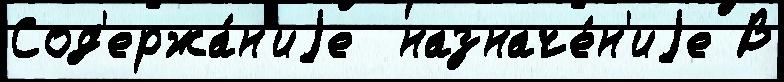
Сод'ержа́н'иjе  назначе́н'иjе В